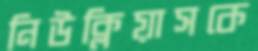
নিউক্লিয়াসকে